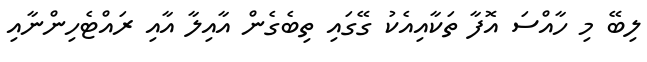
ލިބޭ މި ހާއްސަ އޮފާ ތަކާއިއެކު ގޭގައި ތިބެގެން އާއިލާ އާއި ރައްޓެހިންނާއި